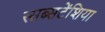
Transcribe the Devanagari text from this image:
स्सब्सटेंशिया